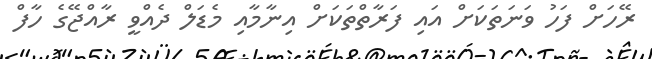
ރޭހަށް ފަހު ވަނަތަކަށް އައި ފަރާތްތަކަށް އިނާމާއި މެޑަލް ދެއްވީ ރާއްޖޭގެ ހާފް